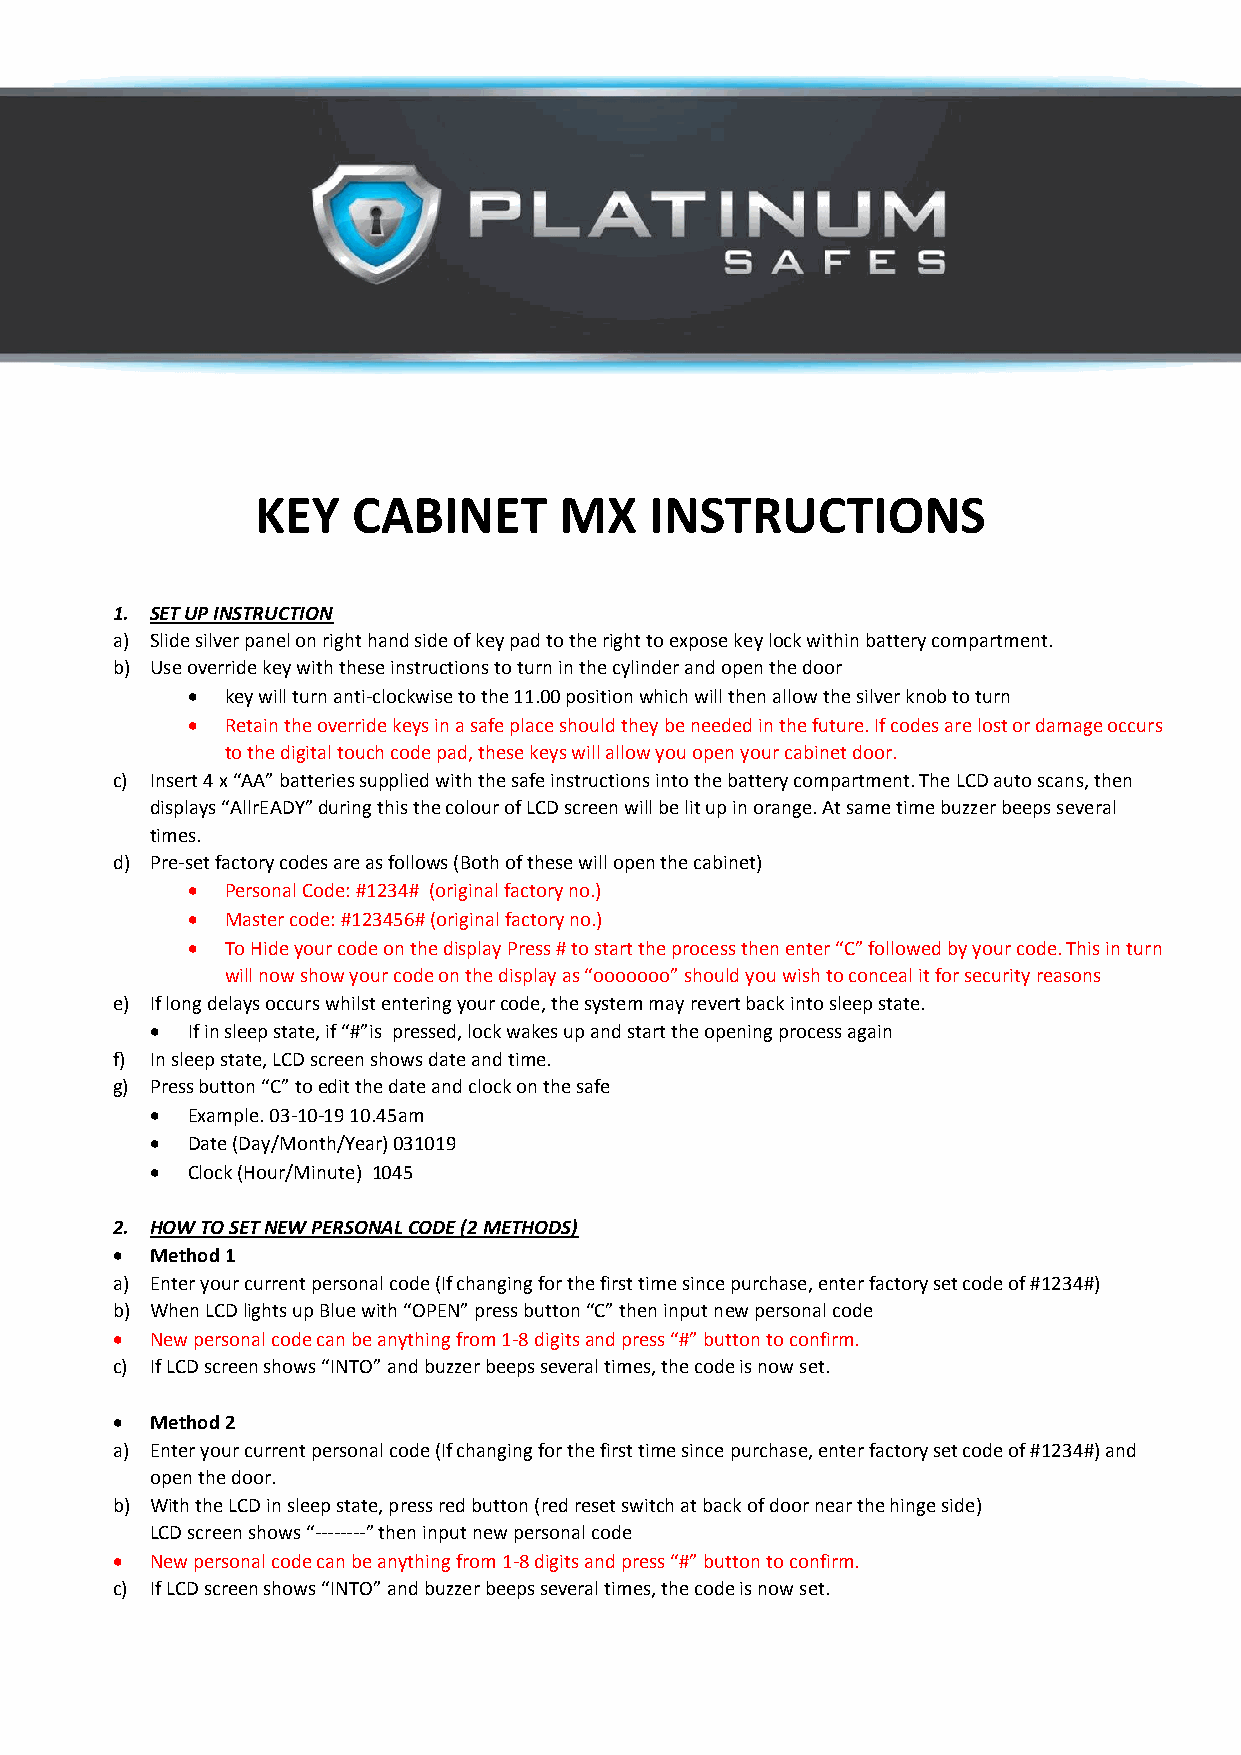
KEY   CABINET       MX    INSTRUCTIONS
 1. SET UP INSTRUCTION
 a) Slide silver panel on right hand side of key pad to the right to expose key lock within battery compartment.
 b) Use override key with these instructions to turn in the cylinder and open the door
   key will turn anti-clockwise to the 11.00 position which will then allow the silver knob to turn
   Retain the override keys in a safe place should they be needed in the future. If codes are lost or damage occurs
 to the digital touch code pad, these keys will allow you open your cabinet door.
 c) Insert 4 x “AA” batteries supplied with the safe instructions into the battery compartment. The LCD auto scans, then
 displays “AllrEADY” during this the colour of LCD screen will be lit up in orange. At same time buzzer beeps several
 times.
 d) Pre-set factory codes are as follows (Both of these will open the cabinet)
   Personal Code: #1234# (original factory no.)
   Master code: #123456# (original factory no.)
   To Hide your code on the display Press # to start the process then enter “C” followed by your code. This in turn
 will now show your code on the display as “ooooooo” should you wish to conceal it for security reasons
 e) If long delays occurs whilst entering your code, the system may revert back into sleep state.
  If in sleep state, if “#”is pressed, lock wakes up and start the opening process again
 f) In sleep state, LCD screen shows date and time.
 g) Press button “C” to edit the date and clock on the safe
  Example. 03-10-19 10.45am
  Date (Day/Month/Year) 031019
  Clock (Hour/Minute) 1045
 2. HOW TO SET NEW PERSONAL CODE (2 METHODS)
   Method 1
 a) Enter your current personal code (If changing for the first time since purchase, enter factory set code of #1234#)
 b) When LCD lights up Blue with “OPEN” press button “C” then input new personal code
   New personal code can be anything from 1-8 digits and press “#” button to confirm.
 c) If LCD screen shows “INTO” and buzzer beeps several times, the code is now set.
   Method 2
 a) Enter your current personal code (If changing for the first time since purchase, enter factory set code of #1234#) and
 open the door.
 b) With the LCD in sleep state, press red button (red reset switch at back of door near the hinge side)
 LCD screen shows “--------” then input new personal code
   New personal code can be anything from 1-8 digits and press “#” button to confirm.
 c) If LCD screen shows “INTO” and buzzer beeps several times, the code is now set.